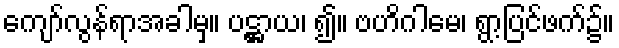
ကျော်လွန်ရာအခါမှ။ ပဋ္ဌာယ၊ ၍။ ဗဟိဂါမေ၊ ရွာ့ပြင်ဖက်၌။